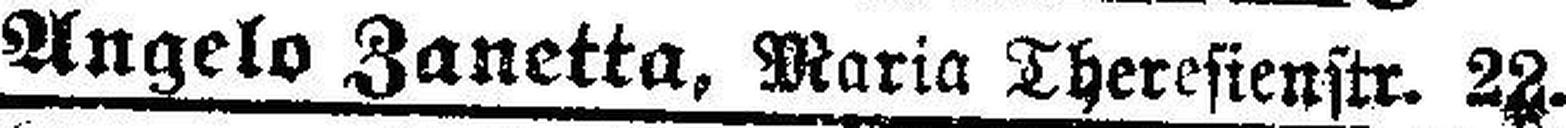
Angelo Zanetta, Maria Theresienstr. 22.